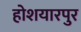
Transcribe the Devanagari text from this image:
होशयारपुर